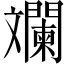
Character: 斕